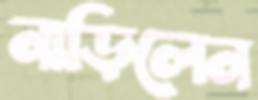
নাড়িলেন